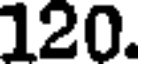
120.